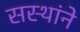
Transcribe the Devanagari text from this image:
सस्थांने